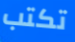
تكتب